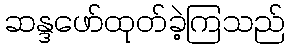
ဆန္ဒဖော်ထုတ်ခဲ့ကြသည်